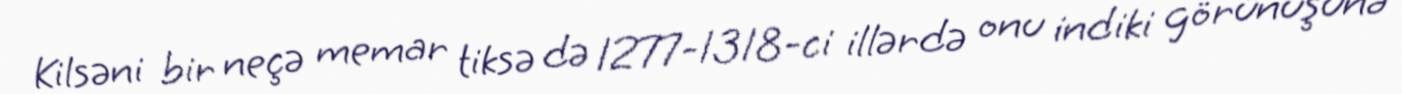
Kilsəni bir neçə memar tiksə də 1277-1318-ci illərdə onu indiki görünüşünə